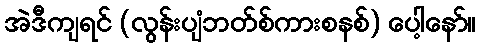
အဲဒီကျရင် (လွန်းပျံဘတ်စ်ကားစနစ်) ပေါ့နော်။